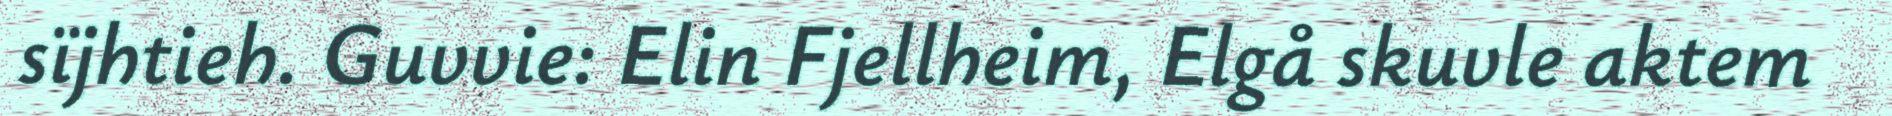
sïjhtieh. Guvvie: Elin Fjellheim, Elgå skuvle aktem